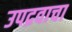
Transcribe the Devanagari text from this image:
उपद्रवाचा